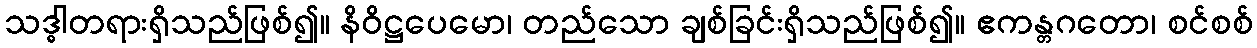
သဒ္ဓါတရားရှိသည်ဖြစ်၍။ နိဝိဋ္ဌပေမော၊ တည်သော ချစ်ခြင်းရှိသည်ဖြစ်၍။ ဧကန္တဂတော၊ စင်စစ်